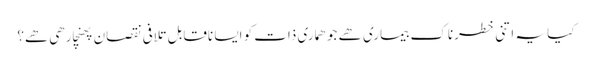
کیا یہ اتنی خطرناک بیماری ھے جو ھماری ذات کو ایسا ناقابل تلافی نقصان پھنچارھی ھے؟